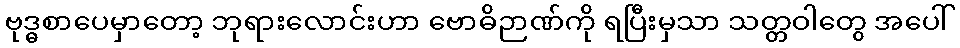
ဗုဒ္ဓစာပေမှာတော့ ဘုရားလောင်းဟာ ဗောဓိဉာဏ်ကို ရပြီးမှသာ သတ္တဝါတွေ အပေါ်